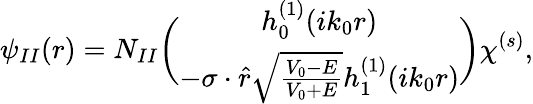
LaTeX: \psi_{II}(r)=N_{II}{\binom{h_{0}^{(1)}(ik_{0}r)}{-{\mathbf\sigma}\cdot\hat{r}\sqrt{\frac{V_{0}-E}{V_{0}+E}}h_{1}^{(1)}(ik_{0}r)}}\chi^{(s)},